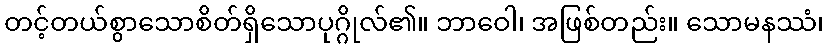
တင့်တယ်စွာသောစိတ်ရှိသောပုဂ္ဂိုလ်၏။ ဘာဝေါ၊ အဖြစ်တည်း။ သောမနဿံ၊